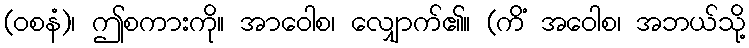
(ဝစနံ)၊ ဤစကားကို။ အာဝေါစ၊ လျှောက်၏။ (ကိံ အဝေါစ၊ အဘယ်သို့